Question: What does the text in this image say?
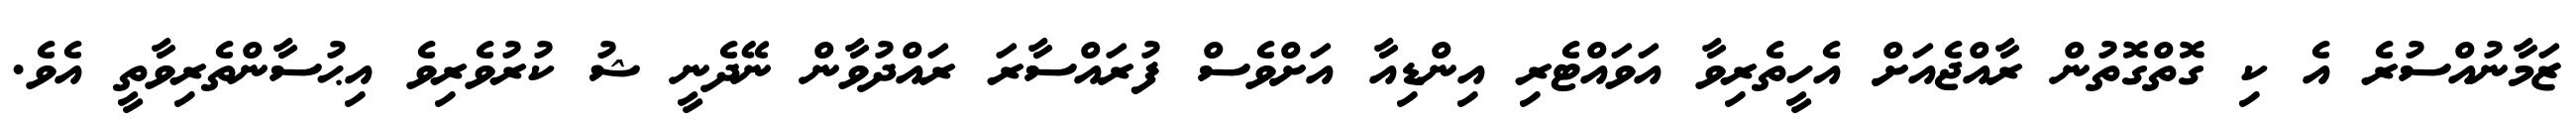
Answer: ޒަމާނުއްސުރެ އެ ކި ގޮތްގޮތުން ރާއްޖެއަށް އެހީތެރިވާ އަވައްޓެރި އިންޑިއާ އަށްވެސް ފުރައްސާރަ ރައްދުވާން ނޭދެނީ ޝު ކުރުވެރިވެ އިޙުސާންތެރިވާތީ އެވެ.